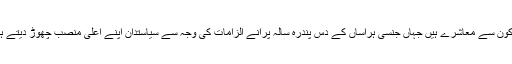
وہ کون سے معاشرے ہیں جہاں جنسی ہراساں کے دس پندرہ سالہ پرانے الزامات کی وجہ سے سیاستدان اپنے اعلیٰ منصب چھوڑ دیتے ہیں؟